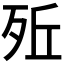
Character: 𣧭